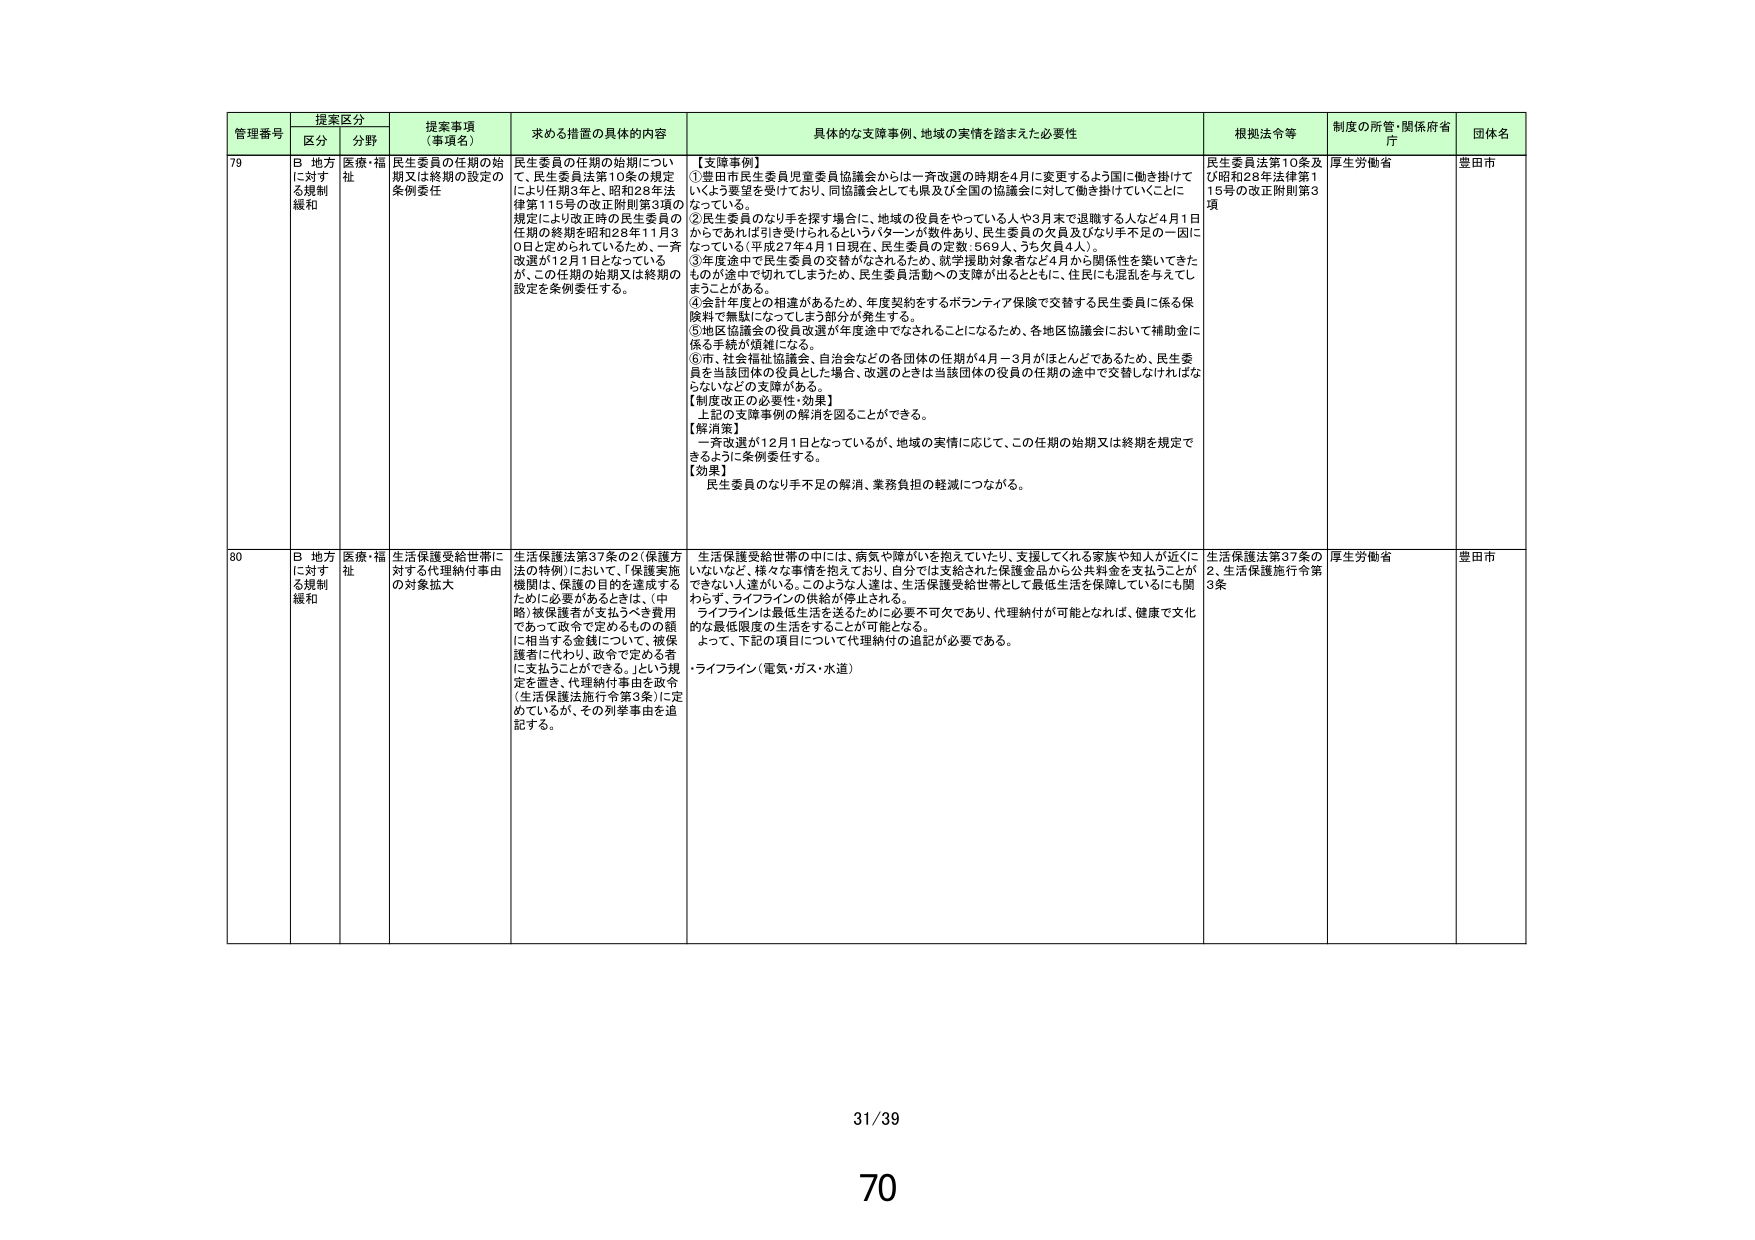
管理番号 提案区分 提案事項（事項名） 求める措置の具体的内容 具体的な支援事例、地域の実情を踏まえた必要性 根拠法令等 制度の所管・関係府省庁 団体名
区分 分野
79 B 地方に対する規制緩和 医療・福祉 民生委員の任期の始期又は終期の設定の条例委任 民生委員の任期の始期について、民生委員法第10条の規定により任期3年と、昭和28年法律第115号の改正附則第3項の規定により改正時の民生委員の任期の終期を昭和28年11月30日と定められているため、一斉改選が12月1日となっているが、この任期の始期又は終期の設定を条例委任する。 【支援事例】 ①豊田市民生委員児童委員協議会からは一斉改選の時期を4月に変更するよう国に働き掛けていくよう要望を受けており、同協議会としても県及び全国の協議会に対して働き掛けていくことになっている。 ②民生委員のなり手を探す場合に、地域の役員をやっている人や3月末で退職する人など4月1日からであれば引き受けられるというパターンが数件あり、民生委員の欠員及びなり手不足の一因になっている（平成27年4月1日現在、民生委員の定数：569人、うち欠員4人）。 ③年度途中で民生委員の交替がなされるため、就学援助対象者など4月から関係性を築いてきたものが途中で切れてしまうため、民生委員活動への支障が出るとともに、住民にも混乱を与えてしまうことがある。 ④会計年度との相違があるため、年度契約をするボランティア保険で交替する民生委員に係る保険料で無駄になってしまう部分が発生する。 ⑤地区協議会の役員改選が年度途中でなされることになるため、各地区協議会において補助金に係る手続が煩雑になる。 ⑥市、社会福祉協議会、自治会などの各団体の任期が4月～3月がほとんどであるため、民生委員を当該団体の役員とした場合、改選のときは当該団体の役員の任期の途中で交替しなければならないなどの支障がある。 【制度改正の必要性・効果】 上記の支援事例の解消を図ることができる。 【解消策】 一斉改選が12月1日となっているが、地域の実情に応じて、この任期の始期又は終期を規定できるように条例委任する。 【効果】 民生委員のなり手不足の解消、業務負担の軽減につながる。 民生委員法第10条及び昭和28年法律第115号の改正附則第3項 厚生労働省 豊田市
80 B 地方に対する規制緩和 医療・福祉 生活保護受給世帯に対する代理納付事由の対象拡大 生活保護法第37条の2（保護方法の特例）において、「保護実施機関は、保護の目的を達成するために必要があるときは、（中略）被保護者が支払うべき費用であって政令で定めるものの額に相当する金銭について、被保護者に代わり、政令で定める者に支払うことができる。」という規定を置き、代理納付事由を政令（生活保護法施行令第3条）に定めているが、その列挙事由を追記する。 生活保護受給世帯の中には、病気や障がいを抱えていたり、支援してくれる家族や知人が近くにいないなど、様々な事情を抱えており、自分では支給された保護金品から公共料金を支払うことができない人達がいる。このような人達は、生活保護受給世帯として最低生活を保障しているにも関わらず、ライフラインの供給が停止される。 ライフラインは最低生活を送るために必要不可欠であり、代理納付が可能となれば、健康で文化的な最低限度の生活をすることが可能となる。 よって、下記の項目について代理納付の追記が必要である。 ・ライフライン（電気・ガス・水道） 生活保護法第37条の2、生活保護施行令第3条 厚生労働省 豊田市
31/39
70